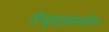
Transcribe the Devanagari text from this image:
जेद्दाहमधील